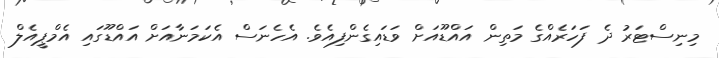
މިނިސްޓަރު ދެ ފަހަރެއްގެ މަތިން އައްޑޫއަށް ވަޑައިގެންފިއެވެ. އެހެނަސް އެކަމަނާއަށް އައްޑޫގައި އެމްޕީއެލް